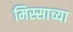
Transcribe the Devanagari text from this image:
मिस्साच्या